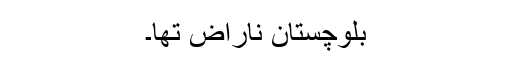
بلوچستان ناراض تھا۔